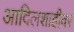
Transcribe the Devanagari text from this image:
आदिलशाहीवर